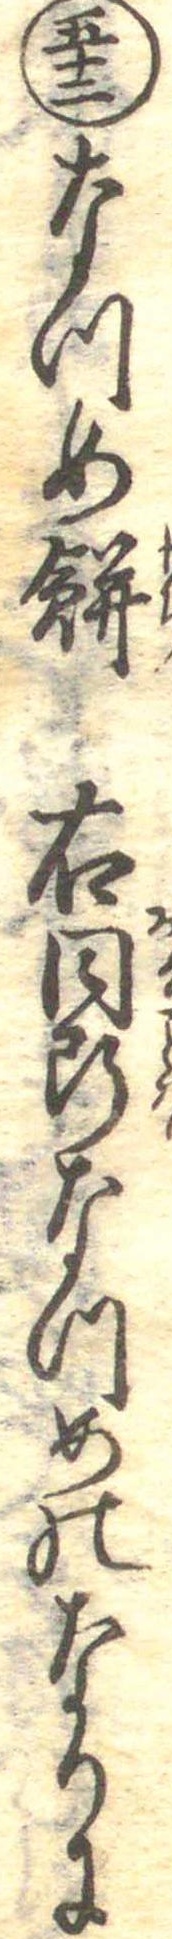
五十二なつめ餅右同断なつめのなりに